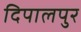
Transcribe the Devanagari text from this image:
दिपालपुर